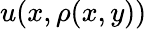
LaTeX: u(x,\rho(x,y))